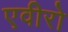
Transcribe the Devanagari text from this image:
एवीरो